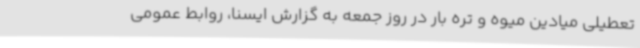
تعطیلی میادین میوه و تره بار در روز جمعه به گزارش ایسنا، روابط عمومی